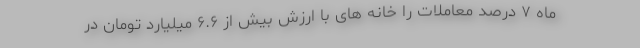
ماه ۷ درصد معاملات را خانه های با ارزش بیش از ۶.۶ میلیارد تومان در